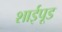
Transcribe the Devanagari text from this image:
शाईपूड